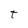
Character: t